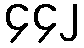
၄၄၂